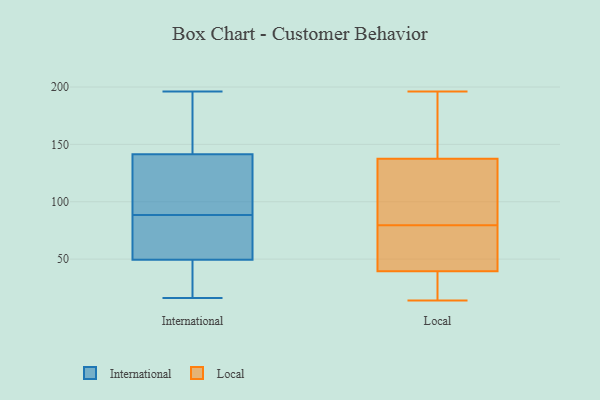
{"axis": {"x": "Backlog", "y": "Value"}, "legend": ["International", "Local"], "data": [{"x": "", "y": 16, "type": "International"}, {"x": "", "y": 28, "type": "International"}, {"x": "", "y": 70, "type": "International"}, {"x": "", "y": 89, "type": "International"}, {"x": "", "y": 136, "type": "International"}, {"x": "", "y": 36, "type": "International"}, {"x": "", "y": 146, "type": "International"}, {"x": "", "y": 160, "type": "International"}, {"x": "", "y": 104, "type": "International"}, {"x": "", "y": 52, "type": "International"}, {"x": "", "y": 43, "type": "International"}, {"x": "", "y": 103, "type": "International"}, {"x": "", "y": 88, "type": "International"}, {"x": "", "y": 71, "type": "International"}, {"x": "", "y": 60, "type": "International"}, {"x": "", "y": 145, "type": "International"}, {"x": "", "y": 196, "type": "International"}, {"x": "", "y": 47, "type": "International"}, {"x": "", "y": 192, "type": "International"}, {"x": "", "y": 138, "type": "International"}, {"x": "", "y": 82, "type": "Local"}, {"x": "", "y": 115, "type": "Local"}, {"x": "", "y": 47, "type": "Local"}, {"x": "", "y": 106, "type": "Local"}, {"x": "", "y": 170, "type": "Local"}, {"x": "", "y": 24, "type": "Local"}, {"x": "", "y": 17, "type": "Local"}, {"x": "", "y": 72, "type": "Local"}, {"x": "", "y": 67, "type": "Local"}, {"x": "", "y": 161, "type": "Local"}, {"x": "", "y": 77, "type": "Local"}, {"x": "", "y": 32, "type": "Local"}, {"x": "", "y": 144, "type": "Local"}, {"x": "", "y": 70, "type": "Local"}, {"x": "", "y": 123, "type": "Local"}, {"x": "", "y": 28, "type": "Local"}, {"x": "", "y": 196, "type": "Local"}, {"x": "", "y": 14, "type": "Local"}, {"x": "", "y": 190, "type": "Local"}, {"x": "", "y": 131, "type": "Local"}]}